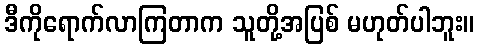
ဒီကိုရောက်လာကြတာက သူတို့အပြစ် မဟုတ်ပါဘူး။